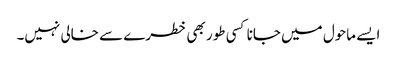
ایسے ماحول میں جانا کسی طور بھی خطرے سے خالی نہیں۔